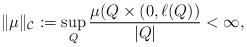
LaTeX: \begin{align*}\|\mu\|_{\mathcal{C}}:=\sup_Q\frac{\mu(Q\times (0,\ell(Q))}{|Q|} < \infty,\end{align*}